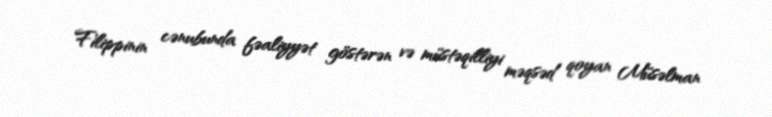
Filippinin cənubunda fəaliyyət göstərən və müstəqilliyi məqsəd qoyan Müsəlman